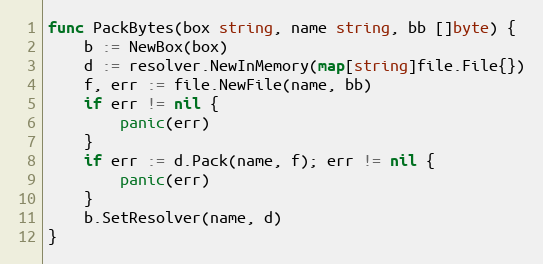
Language: Go
func PackBytes(box string, name string, bb []byte) {
	b := NewBox(box)
	d := resolver.NewInMemory(map[string]file.File{})
	f, err := file.NewFile(name, bb)
	if err != nil {
		panic(err)
	}
	if err := d.Pack(name, f); err != nil {
		panic(err)
	}
	b.SetResolver(name, d)
}